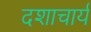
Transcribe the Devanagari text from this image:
दशाचार्य